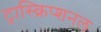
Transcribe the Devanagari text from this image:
ट्रास्क्रिप्शनल